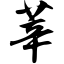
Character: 莘